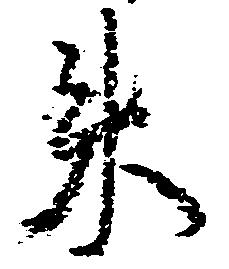
来